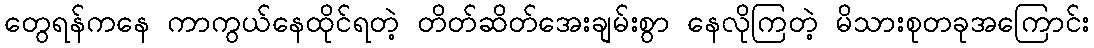
တွေရန်ကနေ ကာကွယ်နေထိုင်ရတဲ့ တိတ်ဆိတ်အေးချမ်းစွာ နေလိုကြတဲ့ မိသားစုတခုအကြောင်း